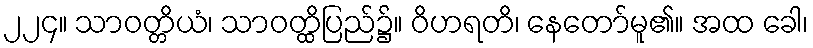
၂၂၄။ သာဝတ္တိယံ၊ သာဝတ္ထိပြည်၌။ ဝိဟရတိ၊ နေတော်မူ၏။ အထ ခေါ၊